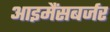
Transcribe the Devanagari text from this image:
आइमैंसबर्जर